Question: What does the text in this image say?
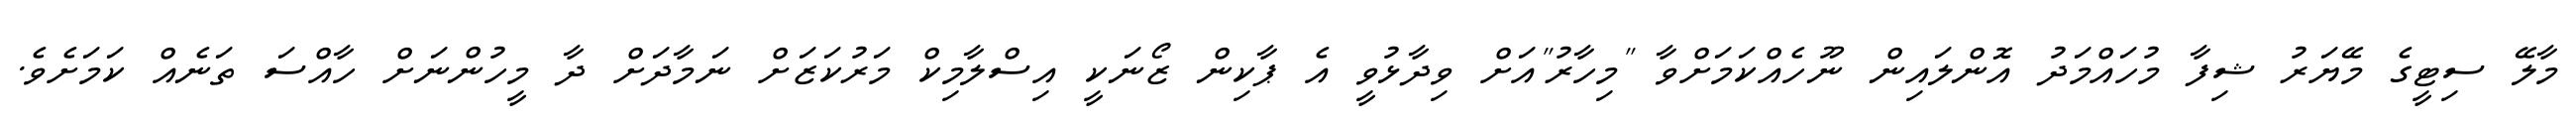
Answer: މާލޭ ސިޓީގެ މޭޔަރު ޝިފާ މުހައްމަދު އޮންލައިން ނޫހެއްކަމަށްވާ "މިހާރު"އަށް ވިދާޅުވީ އެ ޕާކިން ޒޯނަކީ އިސްލާމިކް މަރުކަޒަށް ނަމާދަށް ދާ މީހުންނަށް ހާއްސަ ތަނެއް ކަމަށެވެ.